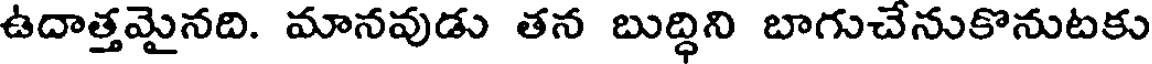
ఉదాత్తమైనది. మానవుడు తన బుద్ధిని బాగుచేనుకొనుటకు